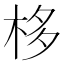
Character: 栘